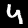
Label: 4